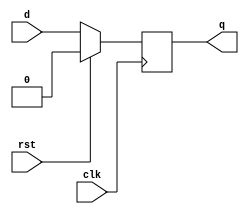
`timescale 1ns / 1ps
//////////////////////////////////////////////////////////////////////////////////
// Company: 
// Engineer: 
// 
// Design Name: 
// Module Name: d_ffog
// Project Name: 
// Target Devices: 
// Tool Versions: 
// Description: 
// 
// Dependencies: 
// 
// Revision:
// Revision 0.01 - File Created
// Additional Comments:
// 
//////////////////////////////////////////////////////////////////////////////////


module d_ffog(
output reg q,
input d,
input clk,
input rst);

    always @(posedge clk) begin
    if(rst)
        q<=0;
    else
        q<=d;
    end
endmodule